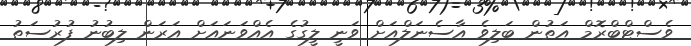
ވެސްޓްބްރޮމް އަތުން ބަލިވެ އާސެނަލްއަށް ވަނީ ލީގުގެ އެއްވަނައަށް އަރަން ލިބުނު ފުރުސަތު